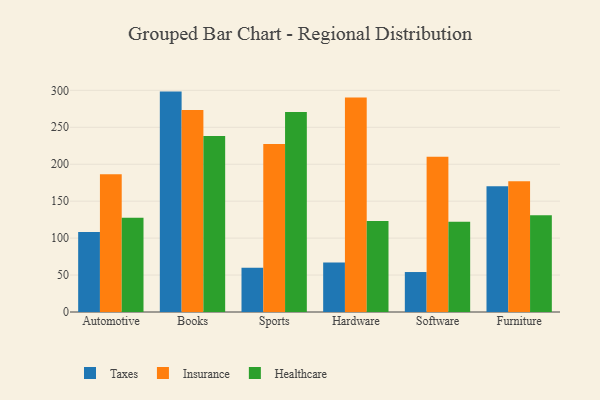
{"axis": {"x": "Category", "y": "Page Views"}, "legend": ["Healthcare", "Insurance", "Taxes"], "data": [{"x": "Automotive", "y": 108.2, "type": "Taxes"}, {"x": "Automotive", "y": 186.4, "type": "Insurance"}, {"x": "Automotive", "y": 127.5, "type": "Healthcare"}, {"x": "Books", "y": 298.3, "type": "Taxes"}, {"x": "Books", "y": 273.4, "type": "Insurance"}, {"x": "Books", "y": 238.2, "type": "Healthcare"}, {"x": "Sports", "y": 59.9, "type": "Taxes"}, {"x": "Sports", "y": 227.5, "type": "Insurance"}, {"x": "Sports", "y": 270.8, "type": "Healthcare"}, {"x": "Hardware", "y": 67.1, "type": "Taxes"}, {"x": "Hardware", "y": 290.3, "type": "Insurance"}, {"x": "Hardware", "y": 123.2, "type": "Healthcare"}, {"x": "Software", "y": 54.1, "type": "Taxes"}, {"x": "Software", "y": 210.0, "type": "Insurance"}, {"x": "Software", "y": 122.2, "type": "Healthcare"}, {"x": "Furniture", "y": 170.2, "type": "Taxes"}, {"x": "Furniture", "y": 177.0, "type": "Insurance"}, {"x": "Furniture", "y": 130.8, "type": "Healthcare"}]}